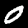
Label: 0